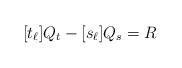
LaTeX: \begin{align*} [t_\ell]Q_t - [s_\ell]Q_s = R \end{align*}